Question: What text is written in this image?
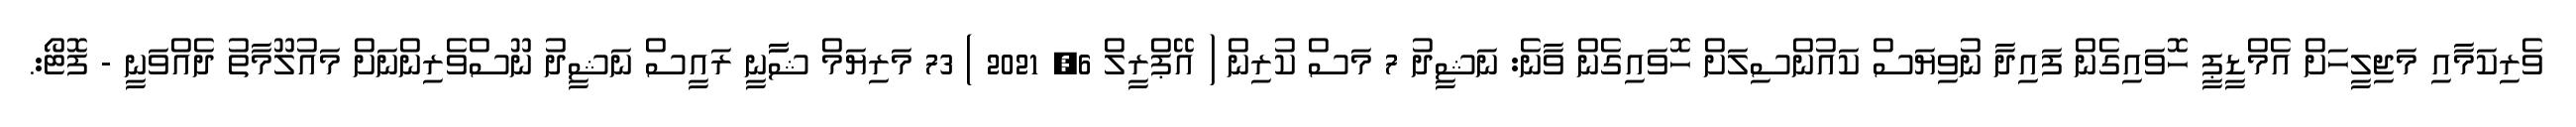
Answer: ވެރިކަމާއި މަޖިލީހަށް އެމްޑީޕީ ހޮވައިގެން ފައިދާ ނުވިޔަސް ކައުންސިލަށް ހޮވައިގެން ވާނެ: ނަޝީދު 7 މަސް ކުރިން ( އޭޕްރީލް 6, 2021 ) 73 މަރިޔަމް ޝާާނީ ރައީސް ނަޝީދު ނޫސްވެރިންނަށް މައުލޫމާތު ދެއްވަނީ - ފޮޓޯ:.